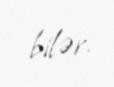
bilər.